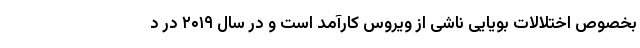
بخصوص اختلالات بویایی ناشی از ویروس کارآمد است و در سال ۲۰۱۹ در د